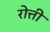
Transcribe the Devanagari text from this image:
रोत्ती